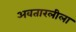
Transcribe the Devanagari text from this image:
अवतारलीला